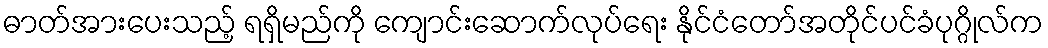
ဓာတ်အားပေးသည့် ရရှိမည်ကို ကျောင်းဆောက်လုပ်ရေး နိုင်ငံတော်အတိုင်ပင်ခံပုဂ္ဂိုလ်က